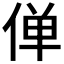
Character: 𫢸